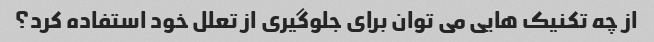
از چه تکنیک هایی می توان برای جلوگیری از تعلل خود استفاده کرد؟